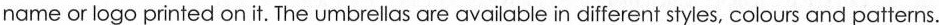
name or logo printed on it. The umbrellas are available in different styles, colours and patterns.